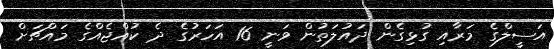
އަސީލްގެ މަރާއި ގުޅިގެން ދައުލަތުން ވަނީ 16 އަހަރުގެ ދެ ކުއްޖެއްގެ މައްޗަށް